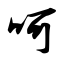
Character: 呵